Annual returns of the Patna Lunatic Asylum at Bankipore in Bihar and Orissa - 1912-1924
Year: 1912
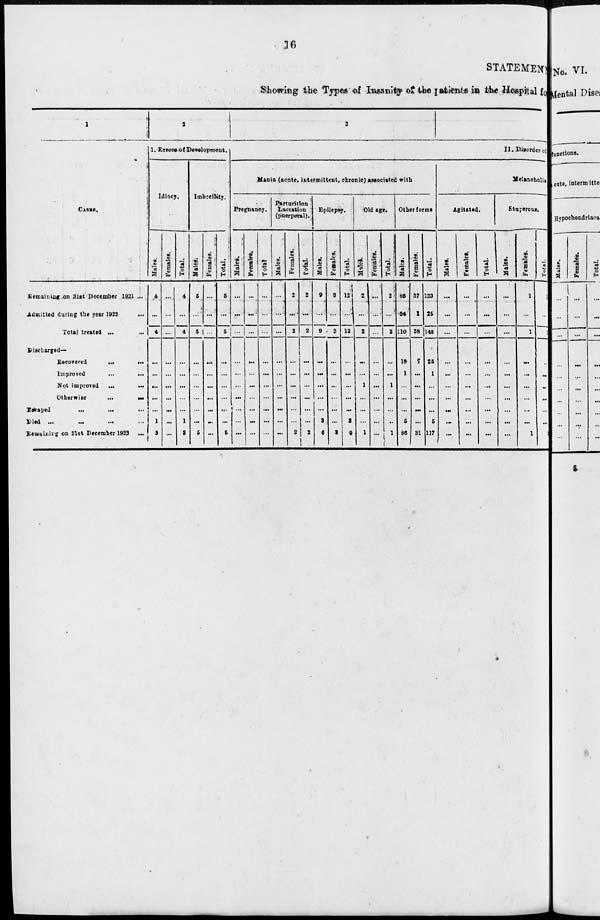
16
STATEMENT
Showing the Types of Insanity of the patients in the Hospital for
1
CASES.
Remaining on 31st December 1921 ...
Admitted during the year 1922 ...
Total treated ... ...
Discharged—
Recovered
... ...
Improved
...
...
Not improved
...
...
Otherwise
...
...
Escaped ... ...
Died
...
...
...
...
Remaining on 31st December 1922 ...
2
I. Errors of Development.
Idiocy.
Males.
4
...
4
...
...
...
...
...
1
3
Females.
...
...
...
...
...
...
...
...
...
...
Total.
4
...
4
...
...
...
...
...
1
3
Imbecility.
Males.
5
...
5
...
...
...
...
...
...
5
Females.
...
...
...
...
...
...
...
...
...
...
Total.
5
...
5
...
...
...
...
...
...
5
3
II. Disorder of
Mania (acute, intermittent, chronic) associated with
Pregnancy.
Males.
...
...
...
...
...
...
...
...
...
...
Females.
...
...
...
...
...
...
...
...
...
...
Total.
...
...
...
...
...
...
...
...
...
...
Parturition
Lactation
(puerperal).
Males.
...
...
...
...
...
...
...
...
...
...
Females.
2
...
2
...
...
...
...
...
...
2
Total.
2
...
2
...
...
...
...
...
...
2
Epilepsy.
Males.
9
...
9
...
...
...
...
...
3
6
Females.
3
...
3
...
...
...
...
...
...
2
Total.
12
...
12
...
...
...
...
...
3
9
Old age.
Males.
2
...
2
...
...
1
...
...
...
1
Females.
...
...
...
...
...
...
...
...
...
...
Total.
2
...
2
...
...
1
...
...
...
1
Other form.
Males.
86
24
110
18
1
...
...
...
5
86
Females.
37
1
38
7
...
...
...
...
...
31
Total.
123
25
148
25
1
...
...
...
5
117
Melancholia
Agitated.
Males.
...
...
...
...
...
...
...
...
...
...
Females.
...
...
...
...
...
...
...
...
...
...
Total.
...
...
...
...
...
...
...
...
...
...
Stuperous.
Males.
...
...
...
...
...
...
...
...
...
...
Females.
1
...
1
...
...
...
...
...
...
1
Total.
1
...
1
...
...
...
...
...
...
1